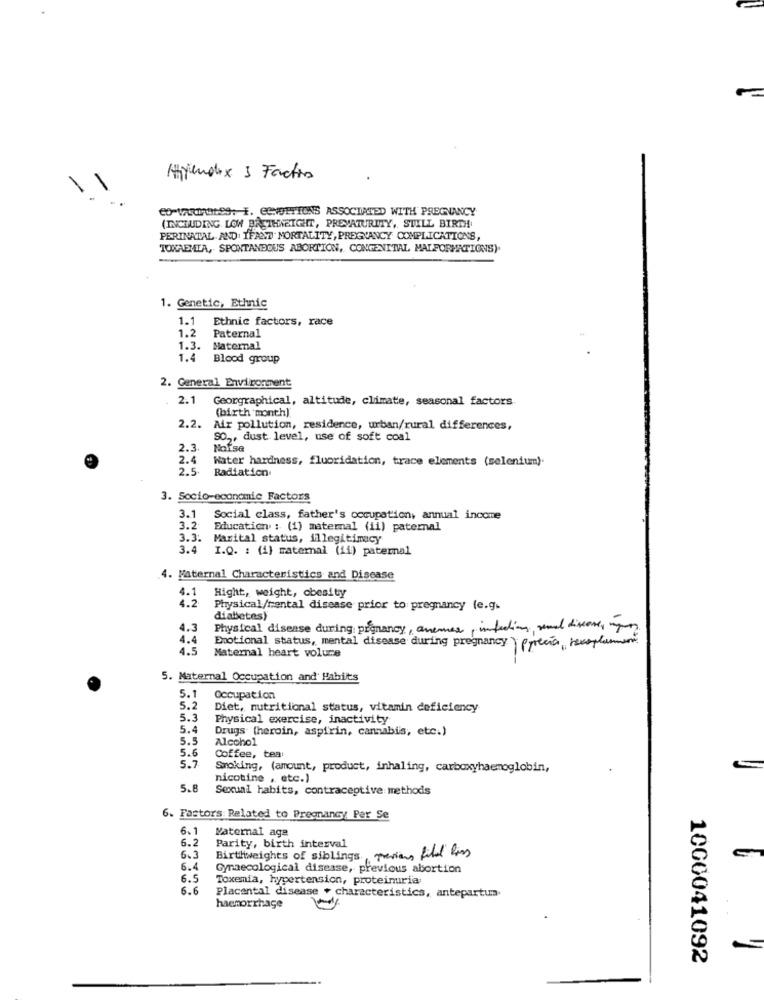
Appendix 3 Factos
CO-VARIABL99: . CONOPTIONS ASSOCIATED WITH PREGNANCY
(INCLUDING LOW BRETHWEIGHT, PREMATURITY, STILL BIRTH
PERINATAL AND. IFANT MORTALITY, PREGNANCY COMPLICATIONS,
TOKAEMIA, SPONTANEOUS ABORTION, CONGENITAL MALFORMATIONS).
1. Genetic, Ethnic
1.1
Ethnic factors, race
Paternal
1.2
1.3.
Maternal
1.4
Blood group
2. General Environment
2.1
Georgraphical, altitude, climate, seasonal factors
(birth month).
2.2.
Air pollution, residence, urban/rural differences,
SO .,, dust level, use of soft coal
2.3.
Nofse
2.4
Water hardness, fluoridation, trace elements (selenium).
2.5-
Radiation
3. Socio-economic Factors
3.1
Social class, father's occupation, annual income
3.2
Education : (1) maternal (ii) paternal
3.3:
Marital status, illegitimacy
3.4
I.Q. : (i) maternal (ii) paternal
4. Maternal Characteristics and Disease
4.1
Hight, weight, obesity
4.2
Physical/mental disease prior to pregnancy (e.g.
diabetes)
4.3
Physical disease during prenancy, anemes, infections und disease, yo
4.4
4.5
Maternal heart volume
Emotional status, mental disease during pregnancy ) precio reemplament
5. Maternal Occupation and' Habiits
5.1
Occupation
5.2
Diet, nutritional status, vitamin deficiency
5.3
Physical exercise, inactivity
5.4
Drugs (heroin, aspirin, cannabis, etc.)
5.5
Alcohol
5.6
Coffee, tea:
5.7
Smoking, (amount, product, inhaling, carboxyhaemoglobin,
nicotine , etc.)
5.8
Sexual habits, contraceptive methods
6. Fastors Related to Pregnancy Per Se
6.1
Maternal age
6.2
Parity, birth interval
6.3
Birthweights of siblings previous file his
6.4
Gynaecological disease, previous abortion
6.5
Toxemia, hypertension, proteinuria
6.6
Placental disease + characteristics, antepartun
haemorrhage
1000041092